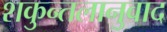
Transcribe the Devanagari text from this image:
शकुन्तलानुवाद